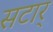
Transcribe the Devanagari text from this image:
सटार्